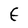
Character: f